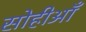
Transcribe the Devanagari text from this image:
सोहीआँ